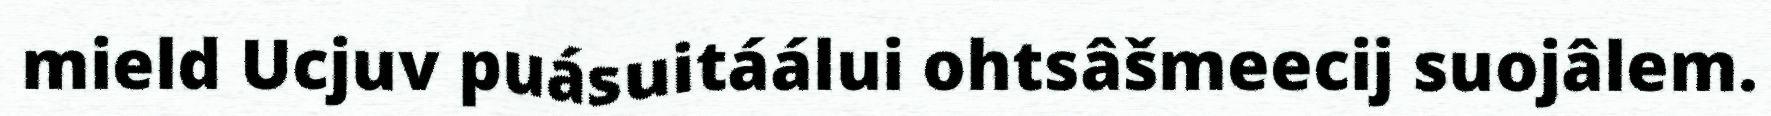
mield Ucjuv puásuitáálui ohtsâšmeecij suojâlem.